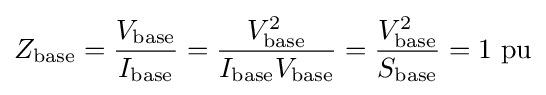
Z_{\text{base}}={\frac {V_{\text{base}}}{I_{\text{base}}}}={\frac {V_{\text{base}}^{2}}{I_{\text{base}}V_{\text{base}}}}={\frac {V_{\text{base}}^{2}}{S_{\text{base}}}}=1{\text{ pu}}